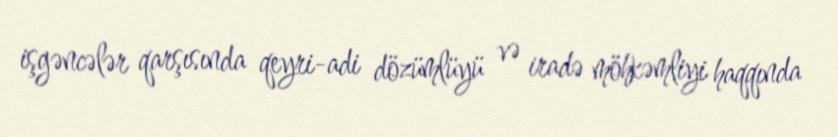
işgəncələr qarşısında qeyri-adi dözümlüyü və iradə möhkəmliyi haqqında